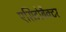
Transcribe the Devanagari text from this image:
एसिटोबैक्टर